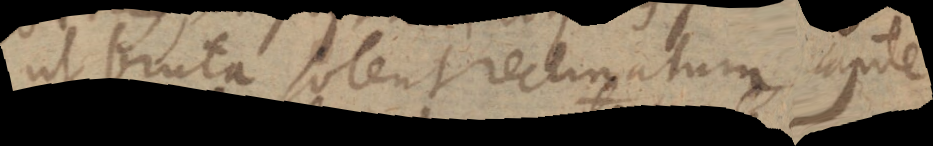
ut bruta solent reclinatum, capite